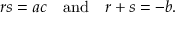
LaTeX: r s = a c \quad { \mathrm { a n d } } \quad r + s = - b .